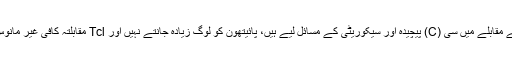
اس کے مقابلے میں سی (C) پیچیدہ اور سیکوریٹی کے مسائل لیے ہیں، پائیتھون کو لوگ زیادہ جانتے نہیں اور Tcl مقابلتہ کافی غیر مانوس ہے۔